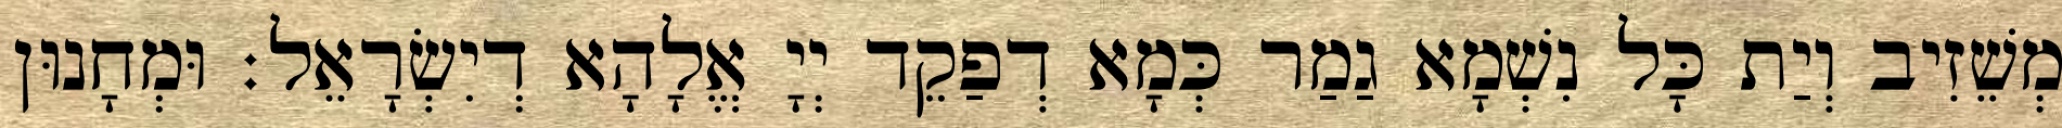
מְשֵׁזִיב וְיַת כָּל נִשְׁמָא גַמַר כְּמָא דְפַקֵד יְיָ אֱלָהָא דְיִשְׂרָאֵל׃ וּמְחָנוּן